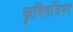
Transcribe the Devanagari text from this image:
कृषिमंत्रिपद